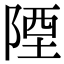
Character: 陻